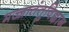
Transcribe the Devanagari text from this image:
मज्जातंतुविज्ञान